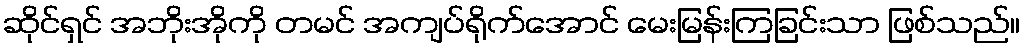
ဆိုင်ရှင် အဘိုးအိုကို တမင် အကျပ်ရိုက်အောင် မေးမြန်းကြခြင်းသာ ဖြစ်သည်။